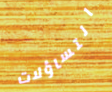
التساؤلات